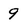
Character: 9